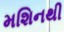
મશિનથી